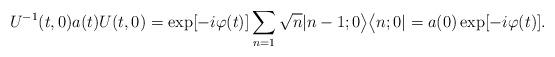
LaTeX: \begin{align*}U^{-1}(t,0)a(t)U(t,0)=\exp[-i\varphi(t)] \sum_{n=1}\sqrt{n}|n-1;0\bigr>\bigl<n;0| =a(0)\exp[-i\varphi(t)] .\end{align*}